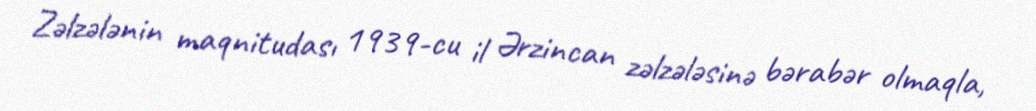
Zəlzələnin maqnitudası 1939-cu il Ərzincan zəlzələsinə bərabər olmaqla,